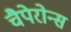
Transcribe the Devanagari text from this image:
चैपेरोन्स